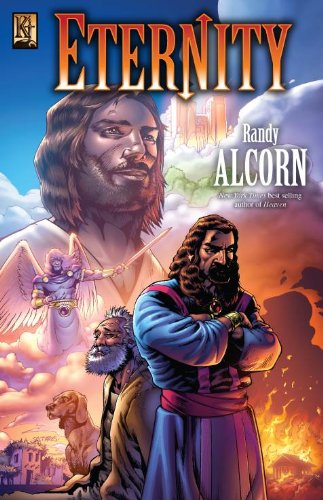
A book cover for Eternity; Randy Alcorn; Comics & Graphic Novels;